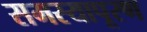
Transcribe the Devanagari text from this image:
समस्यापूरण